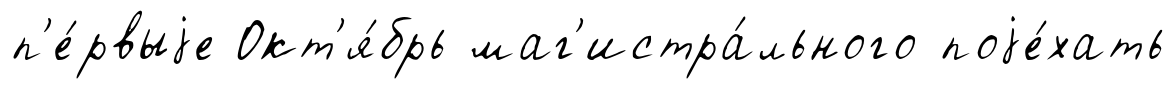
п'е́рвыjе Окт'я́брь маг'истра́льного поjе́хать